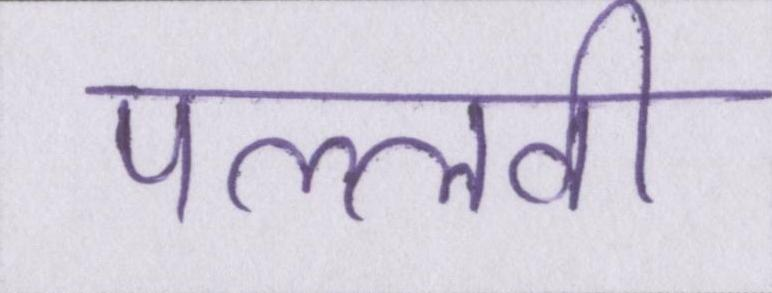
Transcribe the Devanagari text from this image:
पल्लवी